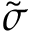
\tilde { \sigma }